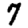
Digit: 7